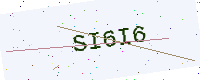
Text: SI6I6